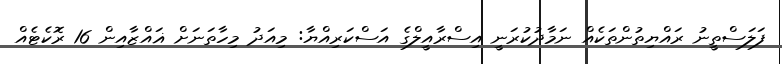
ފަލަސްތީނު ރައްޔިތުންތަކެއް ނަމާދުކުރަނީ އިސްރާއީލްގެ އަސްކަރިއްޔާ: މިއަދު މިހާތަނަށް ޣައްޒާއިން 16 ރޮކެޓެއް